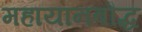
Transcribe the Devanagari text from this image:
महायानबौद्ध